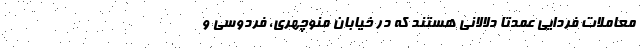
معاملات فردایی عمدتا دلالانی هستند که در خیابان منوچهری، فردوسی و